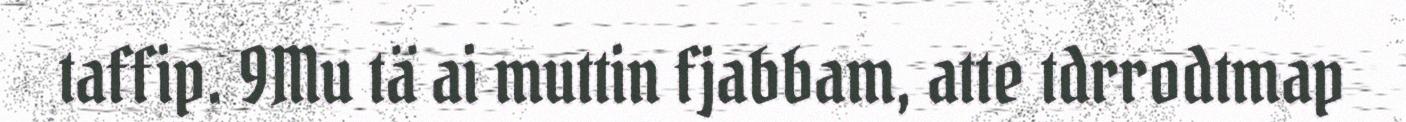
taffip. 9Mu tä ai muttin fjabbam, atte tdrrodtmap